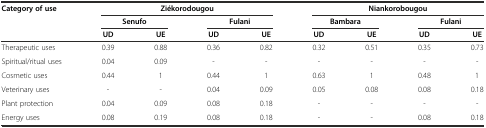
<table><thead><tr><td><b>Category of use</b></td><td colspan="4"><b>Ziékorodougou</b></td><td colspan="4"><b>Niankorobougou</b></td></tr><tr><td></td><td colspan="2"><b>Senufo</b></td><td colspan="2"><b>Fulani</b></td><td colspan="2"><b>Bambara</b></td><td colspan="2"><b>Fulani</b></td></tr><tr><td></td><td><b>UD</b></td><td><b>UE</b></td><td><b>UD</b></td><td><b>UE</b></td><td><b>UD</b></td><td><b>UE</b></td><td><b>UD</b></td><td><b>UE</b></td></tr></thead><tbody><tr><td>Therapeutic uses</td><td>0.39</td><td>0.88</td><td>0.36</td><td>0.82</td><td>0.32</td><td>0.51</td><td>0.35</td><td>0.73</td></tr><tr><td>Spiritual/ritual uses</td><td>0.04</td><td>0.09</td><td>-</td><td>-</td><td>-</td><td>-</td><td>-</td><td>-</td></tr><tr><td>Cosmetic uses</td><td>0.44</td><td>1</td><td>0.44</td><td>1</td><td>0.63</td><td>1</td><td>0.48</td><td>1</td></tr><tr><td>Veterinary uses</td><td>-</td><td>-</td><td>0.04</td><td>0.09</td><td>0.05</td><td>0.08</td><td>0.08</td><td>0.18</td></tr><tr><td>Plant protection</td><td>0.04</td><td>0.09</td><td>0.08</td><td>0.18</td><td>-</td><td>-</td><td>-</td><td>-</td></tr><tr><td>Energy uses</td><td>0.08</td><td>0.19</td><td>0.08</td><td>0.18</td><td>-</td><td>-</td><td>0.08</td><td>0.18</td></tr></tbody></table>